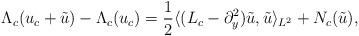
LaTeX: \begin{align*}\Lambda_c(u_c + \tilde{u}) - \Lambda_c(u_c) = \frac{1}{2} \langle (L_c - \partial_y^2) \tilde{u}, \tilde{u} \rangle_{L^2}+ N_c(\tilde{u}),\end{align*}